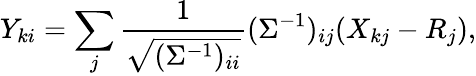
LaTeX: Y_{ki}=\sum_{j}\frac{1}{\sqrt{(\Sigma^{-1})_{ii}}}(\Sigma^{-1})_{ij}(X_{kj}-R_{j}),